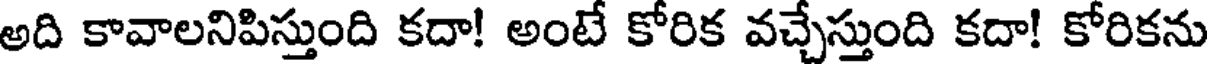
అది కావాలనిపిస్తుంది కదా! అంటే కోరిక వచ్చేస్తుంది కదా! కోరికను